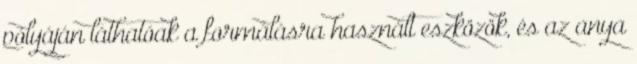
pólyáján láthatóak a formálásra használt eszközök, és az anya